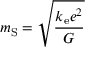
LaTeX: m _ { \mathrm { S } } = { \sqrt { \frac { k _ { \mathrm { e } } e ^ { 2 } } { G } } }